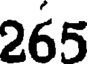
265